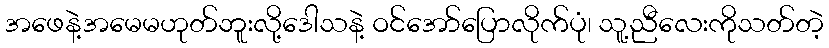
အဖေနဲ့အမေမဟုတ်ဘူးလို့ဒေါသနဲ့ ဝင်အော်ပြောလိုက်ပုံ၊ သူ့ညီလေးကိုသတ်တဲ့